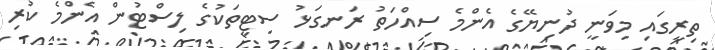
ތިރީގައި މިވަނީ ދުނިޔޭގެ އެންމެ ސިއްހަތު ރަނގަޅު ސިޓީތަކުގެ ލިސްޓުން އެންމެ ކުރި